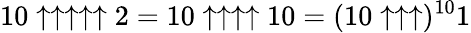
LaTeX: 10\uparrow\uparrow\uparrow\uparrow\uparrow 2=10\uparrow\uparrow\uparrow\uparrow 10=(10\uparrow\uparrow\uparrow)^{10}1